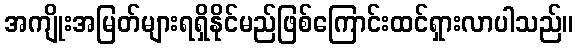
အကျိုးအမြတ်များရရှိနိုင်မည်ဖြစ်ကြောင်းထင်ရှားလာပါသည်။